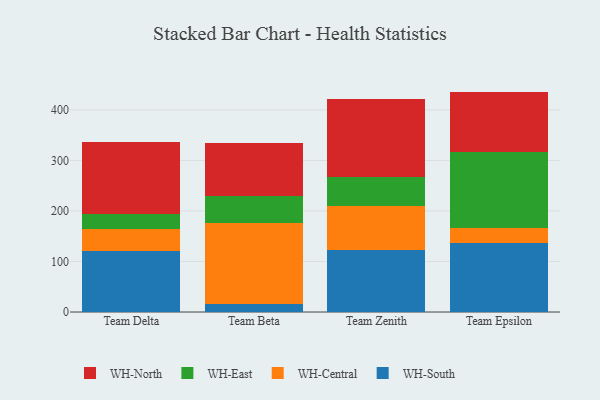
{"axis": {"x": "Team", "y": "Website Visitors"}, "legend": ["WH-Central", "WH-East", "WH-North", "WH-South"], "data": [{"x": "Team Delta", "y": 121.6, "type": "WH-South"}, {"x": "Team Delta", "y": 43.1, "type": "WH-Central"}, {"x": "Team Delta", "y": 30.2, "type": "WH-East"}, {"x": "Team Delta", "y": 142.5, "type": "WH-North"}, {"x": "Team Beta", "y": 16.2, "type": "WH-South"}, {"x": "Team Beta", "y": 160.8, "type": "WH-Central"}, {"x": "Team Beta", "y": 52.8, "type": "WH-East"}, {"x": "Team Beta", "y": 103.9, "type": "WH-North"}, {"x": "Team Zenith", "y": 122.6, "type": "WH-South"}, {"x": "Team Zenith", "y": 88.1, "type": "WH-Central"}, {"x": "Team Zenith", "y": 57.1, "type": "WH-East"}, {"x": "Team Zenith", "y": 153.6, "type": "WH-North"}, {"x": "Team Epsilon", "y": 137.3, "type": "WH-South"}, {"x": "Team Epsilon", "y": 29.1, "type": "WH-Central"}, {"x": "Team Epsilon", "y": 149.6, "type": "WH-East"}, {"x": "Team Epsilon", "y": 120.2, "type": "WH-North"}]}